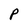
Character: P